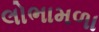
લોભામળા